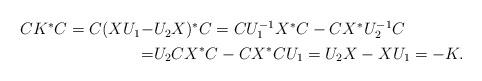
LaTeX: \begin{align*}\begin{aligned}CK^\ast C=C(XU_1-&U_2X)^\ast C=CU_1^{-1}X^\ast C-CX^\ast U_2^{-1}C \\=& U_2 C X^\ast C-CX^\ast C U_1=U_2X-XU_1=-K.\end{aligned}\end{align*}